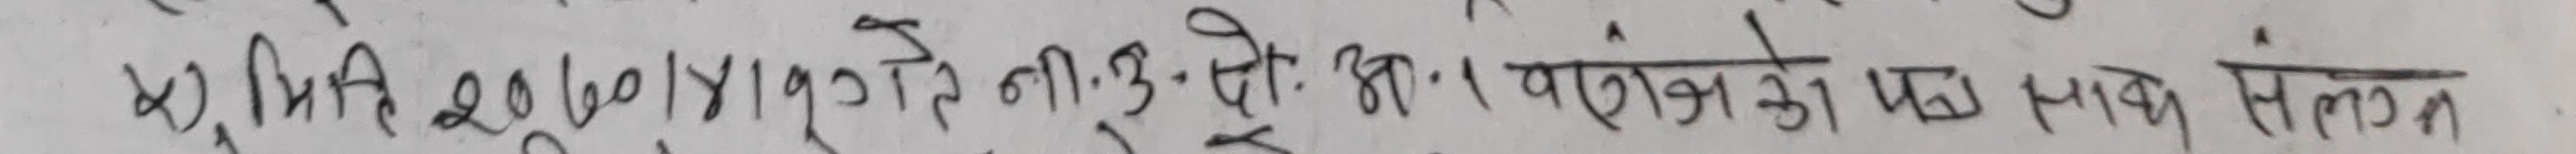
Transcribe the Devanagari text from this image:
५), मिति २०७०/४/१०ते ना.उ. पो. अ. वरंजको पत्र साथ संलग्न